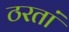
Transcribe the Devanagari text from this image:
ठरतां